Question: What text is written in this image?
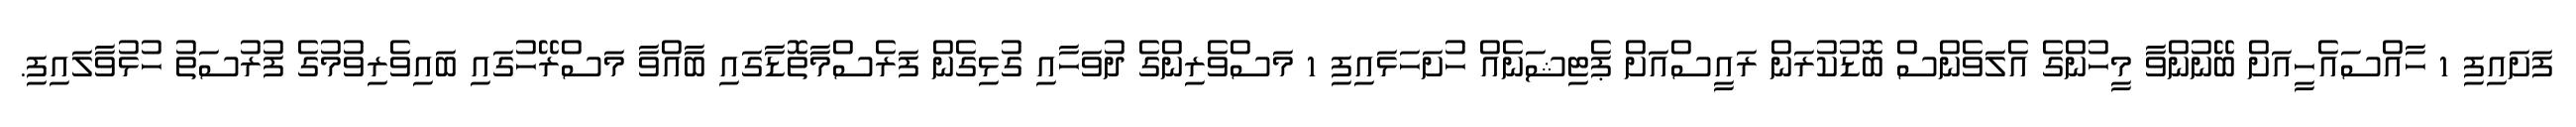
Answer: ފަށައިފި 1 ހާއްސައެހީއަށް ބޭނުންވާ މީހުންގެ އެލަވެންސް ބޮޑުކުރަން ރައީސްއަށް ޕެޓިޝަނެއް ހުށަހަޅައިފި 1 މަސްވެރިންގެ ދުވަހާއި ގުޅިގެން ފަރެސްމާތޮޑާގައި ބާއްވާ މަސްރޭހުގައި ބައިވެރިވުމުގެ ފުރުސަތު ހުޅުވާލައިފި.